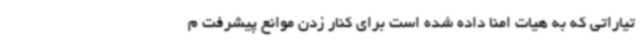
تیاراتی که به هیات امنا داده شده است برای کنار زدن موانع پیشرفت م